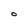
Character: o